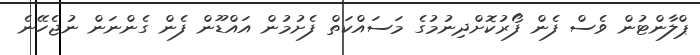
ޕްލާންޓުން ވެސް ފެން ފޯރުކޮށްދިނުމުގެ މަސައްކަތް ފެށުމުން އައްޑޫން ފެން ގެންނަން ނުޖެހޭނެ